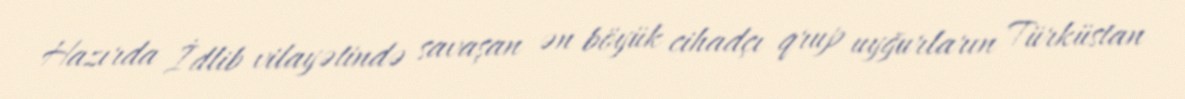
Hazırda İdlib vilayətində savaşan ən böyük cihadçı qrup uyğurların Türküstan